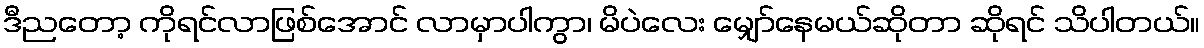
ဒီညတော့ ကိုရင်လာဖြစ်အောင် လာမှာပါကွာ၊ မိပဲလေး မျှော်နေမယ်ဆိုတာ ဆိုရင် သိပါတယ်။